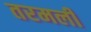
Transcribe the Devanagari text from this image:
तरमली